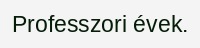
Professzori évek.